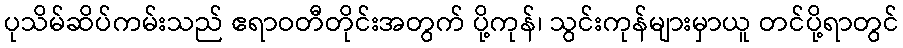
ပုသိမ်ဆိပ်ကမ်းသည် ဧရာဝတီတိုင်းအတွက် ပို့ကုန်၊ သွင်းကုန်များမှာယူ တင်ပို့ရာတွင်